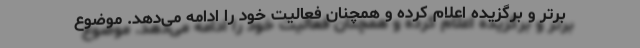
برتر و برگزیده اعلام کرده و همچنان فعالیت خود را ادامه می‌دهد. موضوع